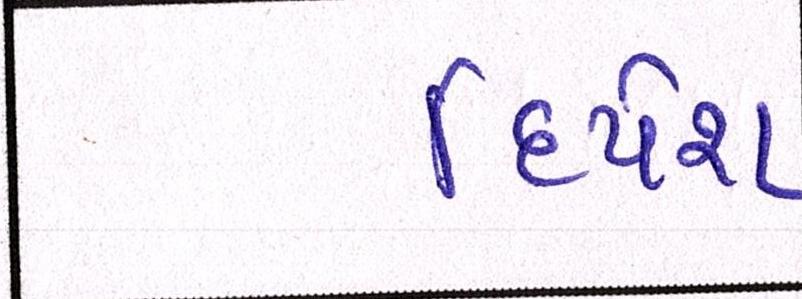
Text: દિપેશ